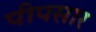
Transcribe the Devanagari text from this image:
पीपसार